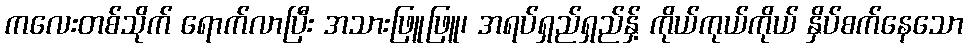
ကလေးတစ်သိုက် ရောက်လာပြီး အသားဖြူဖြူ၊ အရပ်ရှည်ရှည်နှ့် ကိုယ်ကုယ်ကိုယ် နှိပ်စက်နေသော